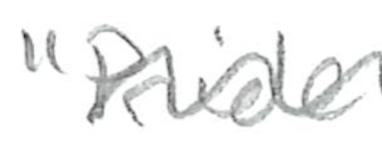
Text: "Pride
Cross-out: mix
Writing tool: pencil